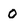
Character: 0